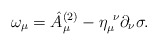
\begin{align*}\omega_\mu= \hat A^{(2)}_\mu -\eta_{\mu}^{~\nu} \partial_\nu \sigma.\end{align*}